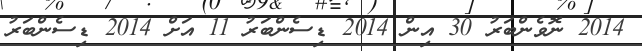
2014 ނޮވެންބަރު 30 އިން 2014 ޑިސެންބަރު 11 އަށް 2014 ޑިސެންބަރު